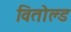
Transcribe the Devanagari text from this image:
वितोल्ड